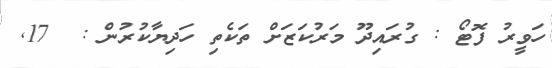
ހަވީރު ފޮޓޯ : ގުރައިދޫ މަރުކަޒަށް ތަކެތި ހަދިޔާކުރުން :  17